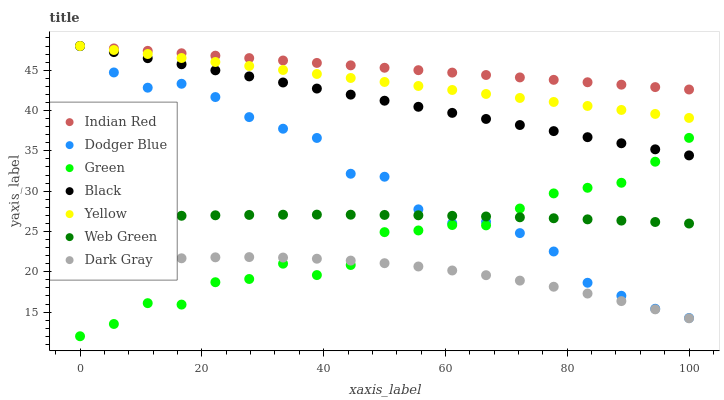
| xaxis_label | Indian Red | Dodger Blue | Green | Black | Yellow | Web Green | Dark Gray |
 | --- | --- | --- | --- | --- | --- | --- | --- |
 | 0 | 48 | 48 | 12 | 48 | 48 | 26.6 | 20.8 |
 | 5.56 | 47.7 | 44.7 | 13.5 | 47.2 | 47.5 | 26.8 | 21.2 |
 | 11.1 | 47.4 | 42.8 | 16.1 | 46.5 | 47 | 26.9 | 21.5 |
 | 16.7 | 47.1 | 43.3 | 15.9 | 45.7 | 46.5 | 26.9 | 21.7 |
 | 22.2 | 46.8 | 41.7 | 18.7 | 45 | 46 | 27 | 21.8 |
 | 27.8 | 46.5 | 39.2 | 19.1 | 44.2 | 45.5 | 27.1 | 21.8 |
 | 33.3 | 46.2 | 37.7 | 21 | 43.5 | 45 | 27.1 | 21.8 |
 | 38.9 | 45.9 | 36.6 | 19.6 | 42.7 | 44.5 | 27.1 | 21.6 |
 | 44.4 | 45.6 | 32.2 | 20.8 | 42 | 44 | 27.1 | 21.4 |
 | 50 | 45.3 | 31.8 | 24.9 | 41.2 | 43.5 | 27 | 21.1 |
 | 55.6 | 45 | 27.7 | 25.1 | 40.5 | 43 | 27 | 20.7 |
 | 61.1 | 44.7 | 26 | 25.8 | 39.7 | 42.5 | 26.9 | 20.2 |
 | 66.7 | 44.4 | 26.2 | 25.8 | 39 | 42.1 | 26.9 | 19.6 |
 | 72.2 | 44.1 | 24.8 | 27.8 | 38.2 | 41.6 | 26.8 | 18.9 |
 | 77.8 | 43.8 | 22.5 | 29.7 | 37.4 | 41.1 | 26.6 | 18.1 |
 | 83.3 | 43.5 | 18.6 | 30.4 | 36.7 | 40.6 | 26.5 | 17.3 |
 | 88.9 | 43.2 | 17 | 31 | 35.9 | 40.1 | 26.3 | 16.4 |
 | 94.4 | 42.9 | 15.4 | 33.6 | 35.2 | 39.6 | 26.2 | 15.3 |
 | 100 | 42.6 | 14.3 | 36.6 | 34.4 | 39.1 | 26 | 14.2 |